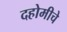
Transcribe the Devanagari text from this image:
दहोमीचे